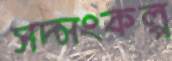
সদ্সংকল্প